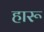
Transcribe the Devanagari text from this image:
हारू